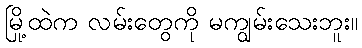
မြို့ထဲက လမ်းတွေကို မကျွမ်းသေးဘူး။